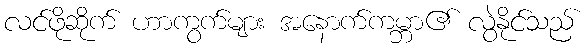
လင်ဖိုဆိုက် ဟာကွက်များ အနောက်ကမ္ဘာ၏ လွဲနိုင်သည်